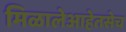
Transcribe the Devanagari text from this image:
मिळालेआहेतसेच